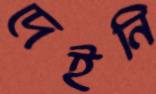
দেইনি